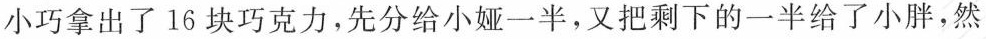
小巧拿出了16块巧克力，先分给小娅一半，又把剩下的一半给了小胖，然